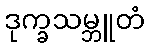
ဒုက္ခသမ္ဘူတံ